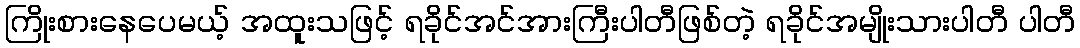
ကြိုးစားနေပေမယ့် အထူးသဖြင့် ရခိုင်အင်အားကြီးပါတီဖြစ်တဲ့ ရခိုင်အမျိုးသားပါတီ ပါတီ